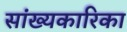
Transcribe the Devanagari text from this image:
सांख्‍यकारिका